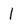
Character: I